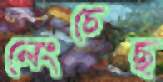
লেংচেছ